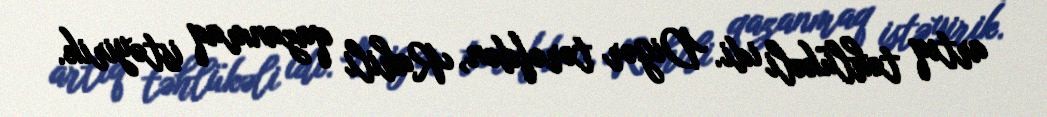
artıq təhlükəli idi. Digər tərəfdən, Rahili qazanmaq istəyirik.